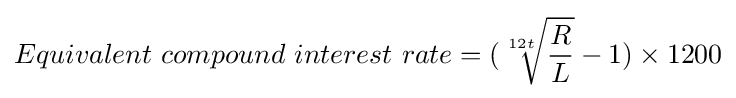
Equivalent\ compound\ interest\ rate=({\sqrt[{12t}]{\frac {R}{L}}}-1)\times 1200